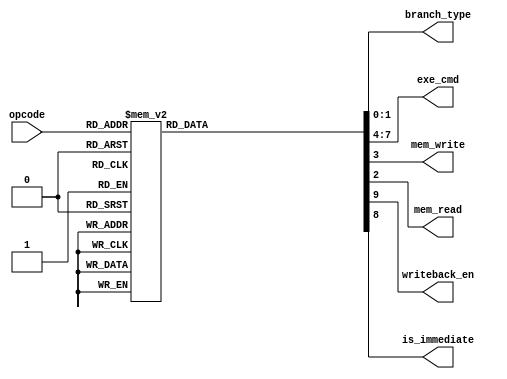
module Controller(input [5:0] opcode, output reg[1:0] branch_type, output reg [3:0] exe_cmd, output reg mem_write, output reg mem_read, output reg writeback_en, output reg is_immediate);

	always @ (opcode) begin
	{mem_read, mem_write, writeback_en, exe_cmd, branch_type} = 9'd0;
    case(opcode)
			6'd1 : begin  //addition
			  mem_write = 1'd0;
			  exe_cmd = 4'd0;
			  is_immediate = 1'd0;
			  writeback_en = 1'd1;
			  end
			  
			6'd3 : begin  // subtraction
			 mem_write = 1'd0;
			 exe_cmd = 4'd2;
			 is_immediate = 1'd0;
			 writeback_en = 1'd1;
			 end
			 
			6'd5: begin  // And
			 mem_write = 1'd0;
			 exe_cmd = 4'b0100;
			 is_immediate = 1'd0;
			 writeback_en = 1'd1;
			 end
			
			6'd6 : begin // OR
			 mem_write = 1'd0;
			 mem_read = 1'd0;
			 exe_cmd = 4'b0101;
			 is_immediate = 1'd0;
			 writeback_en = 1'd1;
			 end
			 
			6'd7 : begin // NOR
			 mem_write = 1'd0;
			 mem_read = 1'd0;
			 exe_cmd = 4'b0110;
			 is_immediate = 1'b0;
			 writeback_en = 1'd1;
			 end
			 
			6'd8 : begin // XOR
			 mem_write = 1'd0;
			 mem_read = 1'b0;
			 exe_cmd = 4'b0111;
			 is_immediate = 1'b0;
			 writeback_en = 1'd1;
			 end
			 
			6'd9 : begin // SLA 
			 mem_write = 1'd0;
			 mem_read = 1'd0;
			 exe_cmd = 4'b1000;
			 is_immediate = 1'b0;
			 writeback_en = 1'd1;
			 end
			 
			6'd10 : begin // SLL - exe_cmd edited
			 mem_write = 1'd0;
			 mem_read = 1'd0;
			 exe_cmd = 4'b1000;
			 is_immediate = 1'b0;
			 writeback_en = 1'd1;
			 end
			
			6'd11 : begin // SRA
			 mem_write = 1'd0;
			 mem_read = 1'd0;
			 exe_cmd = 4'b1001;
			 is_immediate = 1'b0;
			 writeback_en = 1'd1;
			 end 
			 
			6'd12 : begin // SRL
			 mem_write = 1'd0;
			 mem_read = 1'b0;
			 exe_cmd = 4'b1010;
			 is_immediate = 1'b0;
			 writeback_en = 1'd1;
			 end
			 
			6'd32 : begin // ADDI
			 mem_write = 1'b0;
			 mem_read = 1'b0;
			 exe_cmd = 4'b0000;
			 is_immediate = 1'b1;
			 writeback_en = 1'd1;
			 end
			 
			6'd33 : begin  // SUBI
			 mem_write = 1'b0;
			 mem_read = 1'b0;
			 exe_cmd = 4'b0010;
			 is_immediate = 1'b1;
			 writeback_en = 1'd1;
			 end
			 
			6'd36 : begin // LD
			 mem_read = 1'b1;
			 mem_write = 1'b0;
			 exe_cmd = 4'b0000;
			 is_immediate = 1'b1;
			 writeback_en = 1'd1;
			 end
			 
			6'd37 : begin // ST
			 mem_read = 1'b0;
			 mem_write = 1'b1;
			 exe_cmd = 4'b0000;
			 is_immediate = 1'b1;
			 end
			 
			6'd40 : begin // BEZ
			 mem_read = 1'b0;
			 mem_write = 1'b0;
			 branch_type = 2'b01;
			 is_immediate = 1'b1;
			 end
			 
			6'd41 : begin //BNE
			 mem_read = 1'b0;
			 mem_write = 1'b0;
			 branch_type = 2'b10;
			 is_immediate = 1'b1;
			 end
			 
			6'd42 : begin // JMP
			 mem_read = 1'b0;
			 mem_write = 1'b0;
			 branch_type = 2'b11;
			 is_immediate = 1'b1;
			 end
			 
			default : begin 
			  {mem_read, mem_write, is_immediate, branch_type, writeback_en, exe_cmd} = 10'd0;
			  end
			endcase

	end

	

endmodule